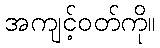
အကျင့်ဝတ်ကို။